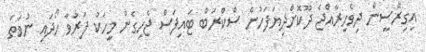
އިގިރޭސީން ދިވެހިރާއްޖެ ދޫކޮށްދިޔަފަހުން ސްކްރަބް ޓައިފަސް ޖެހިގެން މީހަކު ފަރުވާ ހޯދައި ނުވަތަ